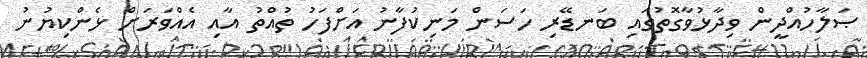
ޞަލާހުއްދީން ވިދާޅުވާގޮތުގައި ބަނޑޭރި ހަސަން މަނިކުފާނު އަށްފަހު ތުއްތު އާއި އެއްވަރަށް ޅެންކިޔުނު